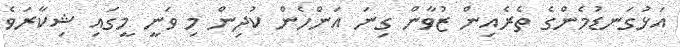
އަޅުގަނޑުމެންގެ ތެރެއިން ޒުވާން ގިނަ އަންހެން ކުދިން މި ވަނީ މީގައި ޝިކާރަވެ